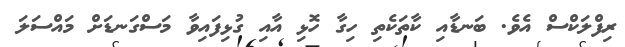
ރިފްލަކްސް އެވެ. ބަނޑާއި ކާތަކެތި ހިގާ ހޮޅި އާއި ގުޅިފައިވާ މަސްގަނޑަށް މައްސަލަ